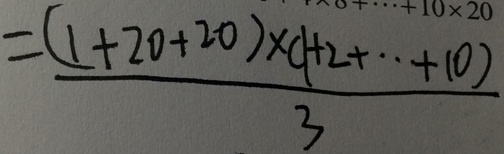
= \frac { ( 1 + 2 0 + 2 0 ) \times ( 1 + 2 + \cdot + 1 0 ) } { 3 }